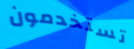
تستخدمون